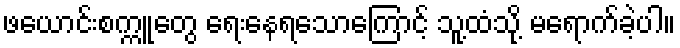
ဖယောင်းစက္ကူတွေ ရေးနေရသောကြောင့် သူ့ထံသို့ မရောက်ခဲ့ပါ။